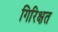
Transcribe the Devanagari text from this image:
गिरिक्षत